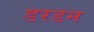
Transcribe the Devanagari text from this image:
डरडन